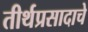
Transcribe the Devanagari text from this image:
तीर्थप्रसादाचे